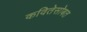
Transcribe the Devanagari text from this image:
कवितेसोबत